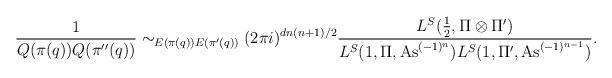
LaTeX: \begin{align*}\begin{aligned}\frac{1}{Q(\pi(q))Q(\pi''(q))} &\sim_{E(\pi(q)) E(\pi'(q))} (2\pi i)^{dn(n+1)/2} \frac{L^S(\tfrac{1}{2},\Pi\otimes \Pi')}{L^S(1,\Pi,{\rm As}^{(-1)^n})L^S(1,\Pi',{\rm As}^{(-1)^{n-1}})}.\end{aligned}\end{align*}